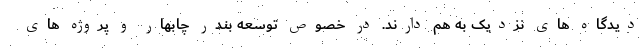
دیدگاه های نزدیک به هم دارند. در خصوص توسعه بندر چابهار و پروژه های